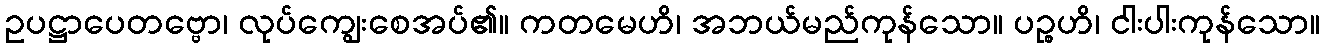
ဥပဋ္ဌာပေတဗ္ဗော၊ လုပ်ကျွေးစေအပ်၏။ ကတမေဟိ၊ အဘယ်မည်ကုန်သော။ ပဉ္စဟိ၊ ငါးပါးကုန်သော။